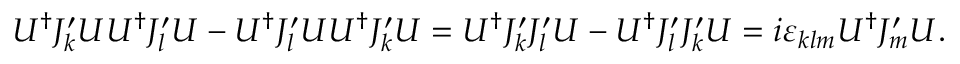
U ^ { \dagger } J _ { k } ^ { \prime } U U ^ { \dagger } J _ { l } ^ { \prime } U - U ^ { \dagger } J _ { l } ^ { \prime } U U ^ { \dagger } J _ { k } ^ { \prime } U = U ^ { \dagger } J _ { k } ^ { \prime } J _ { l } ^ { \prime } U - U ^ { \dagger } J _ { l } ^ { \prime } J _ { k } ^ { \prime } U = i \varepsilon _ { k l m } U ^ { \dagger } J _ { m } ^ { \prime } U .